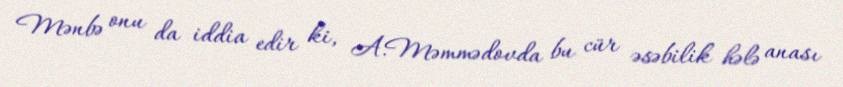
Mənbə onu da iddia edir ki, A.Məmmədovda bu cür əsəbilik hələ anası